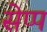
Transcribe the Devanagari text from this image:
सेप्प